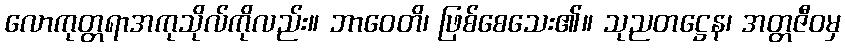
လောကုတ္တရာအကုသိုလ်ကိုလည်း။ ဘာဝေတိ၊ ဖြစ်စေသေး၏။ သုညတဋ္ဌေန၊ အတ္တဇီဝမှ